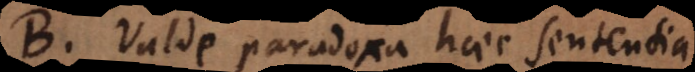
B. Valde paradoxa haec sententia